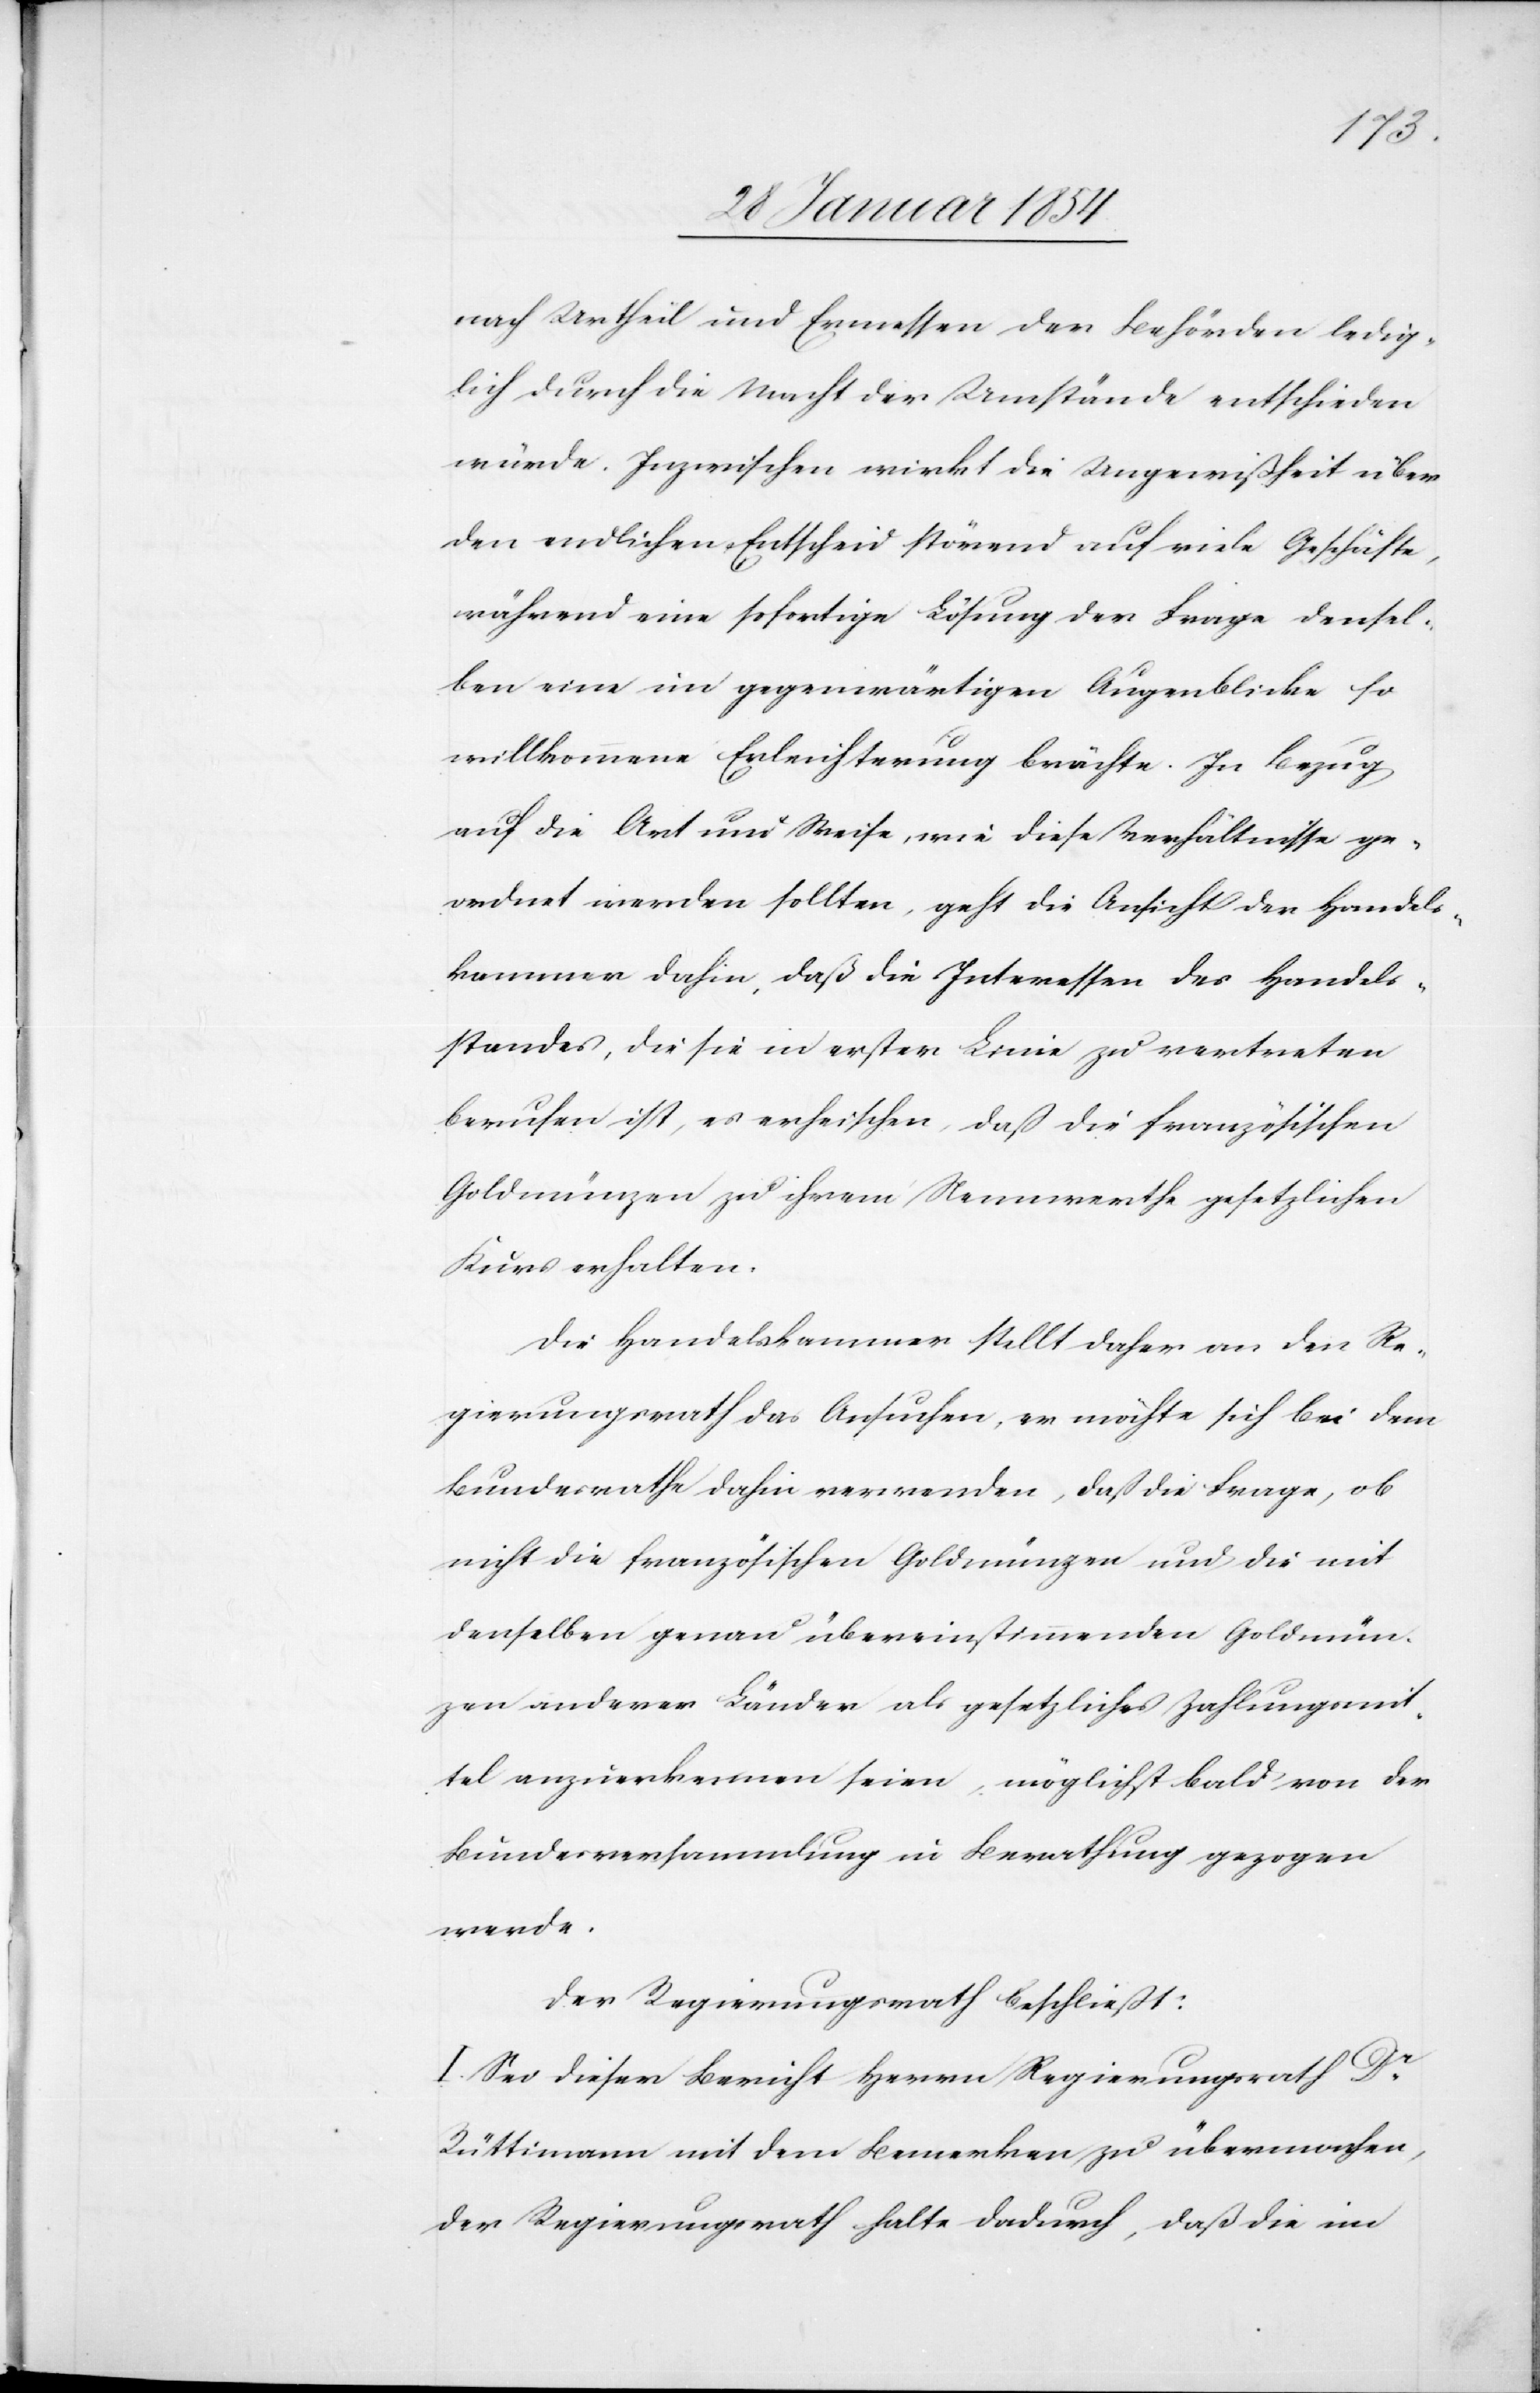
nach Urtheil und Ermessen der Behörden ledig¬
lich durch die Macht der Umstände entschieden
würde. Inzwischen wirkt die Ungewißheit über
den endlichen Entscheid störend auf viele Geschäfte,
während eine sofortige Lösung der Frage densel¬
ben eine im gegenwärtigen Augenblicke so
willkommene Erleichterung brächte. In Bezug
auf die Art und Weise, wie diese Verhältnisse ge¬
ordnet werden sollten, geht die Ansicht der Handels¬
kammer dahin, daß die Interessen des Handels¬
standes, die sie in erster Linie zu vertreten
berufen ist, es erheischen, daß die französischen
Goldmünzen zu ihrem Nennwerthe gesetzlichen
Kurs erhalten.
Die Handelskammer stellt daher an den Re¬
gierungsrath das Ansuchen, er möchte sich bei dem
Bundesrathe dahin verwenden, daß die Frage, ob
nicht die französischen Goldmünzen und die mit
denselben genau übereinstimmenden Goldmün¬
zen anderer Länder als gesetzliches Zahlungsmit¬
tel anzuerkennen seien, möglichst bald von der
Bundesversammlung in Berathung gezogen
werden.
Der Regierungsrath beschließt:
I. Sei dieser Bericht Herrn Regierungsrath Dr
Rüttimann mit dem Bemerken zu übermachen,
der Regierungsrath halte dadurch, daß die im